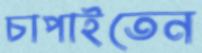
চাপাইতেন